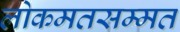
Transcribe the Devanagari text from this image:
लोकमतसम्मत